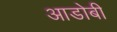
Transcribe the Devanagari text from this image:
आडोबी